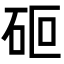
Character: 𮀏